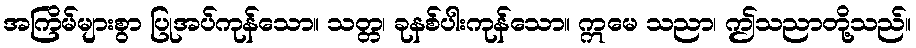
အကြိမ်များစွာ ပြုအပ်ကုန်သော။ သတ္တ၊ ခုနစ်ပါးကုန်သော။ ဣမေ သညာ၊ ဤသညာတို့သည်။